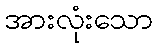
အားလုံးသော